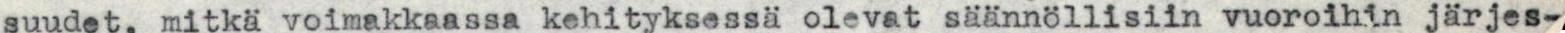
suudet, mitkä voimakkaassa kehityksessä olevat säännöllisiin vuoroihin järjes-